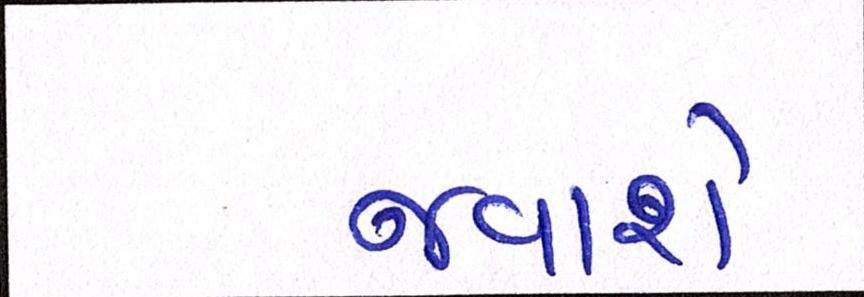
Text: જવાશે